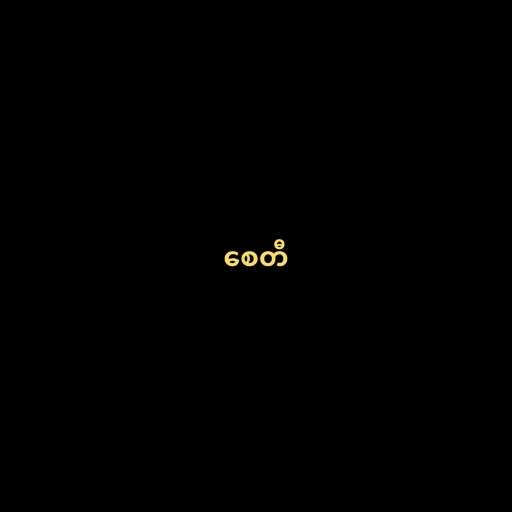
စေတီ